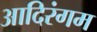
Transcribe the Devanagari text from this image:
आदिरंगम